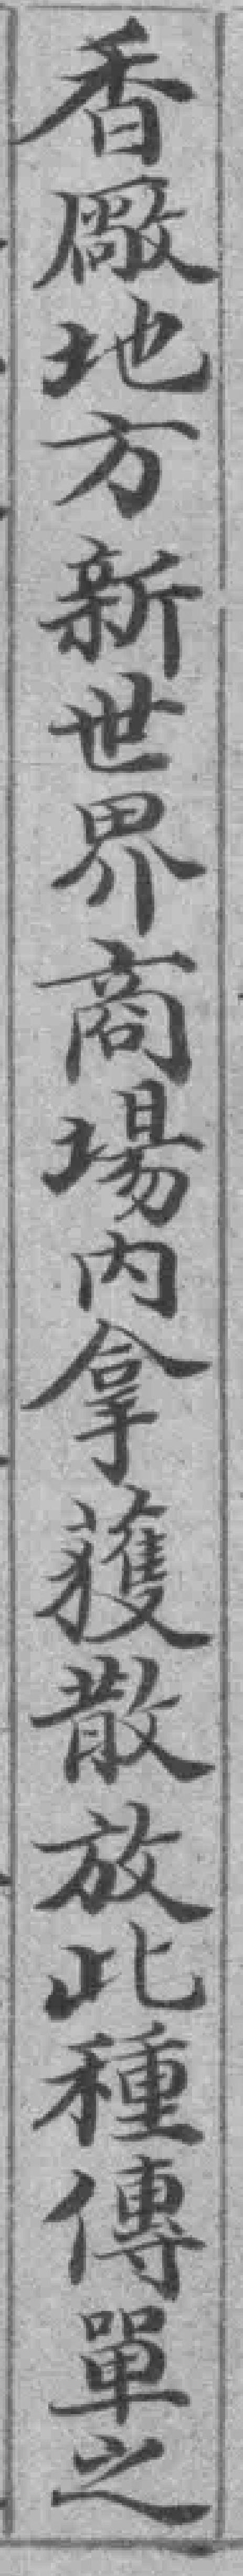
香厰地方新世界商場内拿獲散放此種傳單之